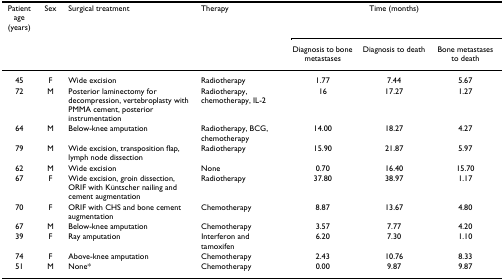
| Patient age (years) | Sex | Surgical treatment | Therapy | <COLSPAN=3> Time (months) |
 |  |  |  |  | Diagnosis to bone metastases | Diagnosis to death | Bone metastases to death |
 | --- | --- | --- | --- | --- | --- | --- |
 | 45 | F | Wide excision | Radiotherapy | 1.77 | 7.44 | 5.67 |
 | 72 | M | Posterior laminectomy for decompression, vertebroplasty with PMMA cement, posterior instrumentation | Radiotherapy, chemotherapy, IL-2 | 16 | 17.27 | 1.27 |
 | 64 | M | Below-knee amputation | Radiotherapy, BCG, chemotherapy | 14.00 | 18.27 | 4.27 |
 | 79 | M | Wide excision, transposition flap, lymph node dissection | Radiotherapy | 15.90 | 21.87 | 5.97 |
 | 62 | M | Wide excision | None | 0.70 | 16.40 | 15.70 |
 | 67 | F | Wide excision, groin dissection, ORIF with Küntscher nailing and cement augmentation | Radiotherapy | 37.80 | 38.97 | 1.17 |
 | 70 | F | ORIF with CHS and bone cement augmentation | Chemotherapy | 8.87 | 13.67 | 4.80 |
 | 67 | M | Below-knee amputation | Chemotherapy | 3.57 | 7.77 | 4.20 |
 | 39 | F | Ray amputation | Interferon and tamoxifen | 6.20 | 7.30 | 1.10 |
 | 74 | F | Above-knee amputation | Chemotherapy | 2.43 | 10.76 | 8.33 |
 | 51 | M | None* | Chemotherapy | 0.00 | 9.87 | 9.87 |